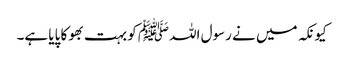
کیونکہ میں نے رسول اللہﷺ کو بہت بھوکا پایا ہے۔